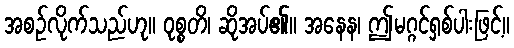
အစဉ်လိုက်သည်ဟု။ ဝုစ္စတိ၊ ဆိုအပ်၏။ အနေန၊ ဤမဂ္ဂင်ရှစ်ပါးဖြင့်။